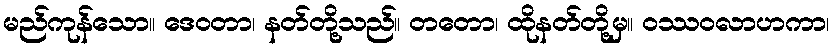
မည်ကုန်သော။ ဒေဝတာ၊ နတ်တို့သည်။ တတော၊ ထိုနတ်တို့မှ။ ဝဿဝလာဟကာ၊